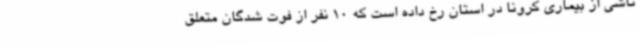
ناشی از بیماری کرونا در استان رخ داده است که 10 نفر از فوت شدگان متعلق